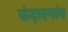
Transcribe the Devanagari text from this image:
कंदलगांव